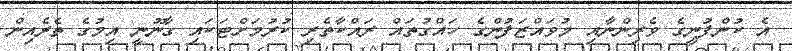
އެ ކުންފުނީގެ ވެރިންނާއި މުވައްޒަފުންގެ ހައްގުތައް ރައްކާތެރި ކުރުމަށްޓަކައި ގާނޫނީ އިމުގެ ތެރެއިން